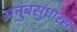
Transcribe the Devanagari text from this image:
अनुंबसुधारस